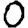
Digit: 0